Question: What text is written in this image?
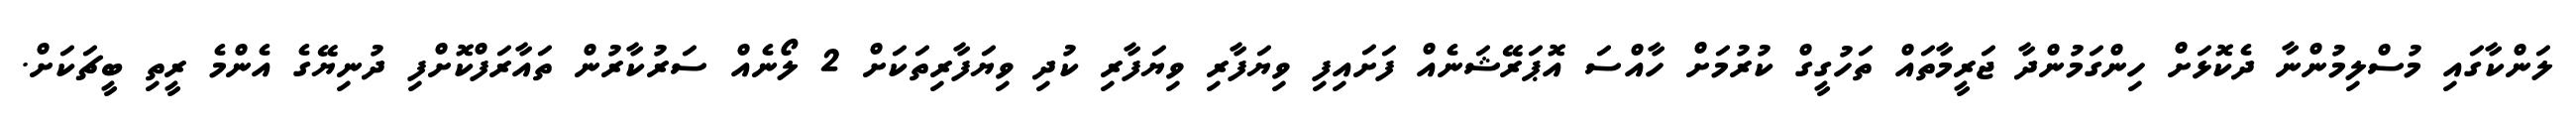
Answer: ލަންކާގައި މުސްލިމުންނާ ދެކޮޅަށް ހިންގަމުންދާ ޖަރީމާތައް ތަހުގީގް ކުރުމަށް ހާއްސަ އޮޕަރޭޝަނެއް ފަށައިފި ވިޔަފާރި ވިޔަފާރި ކުދި ވިޔަފާރިތަކަށް 2 ލޯނެއް ސަރުކާރުން ތައާރަފްކޮށްފި ދުނިޔޭގެ އެންމެ ރީތި ބީޗަކަށް.